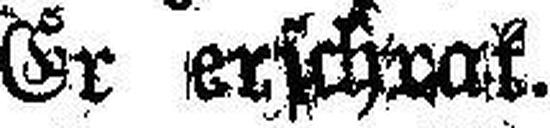
Er erschrak.